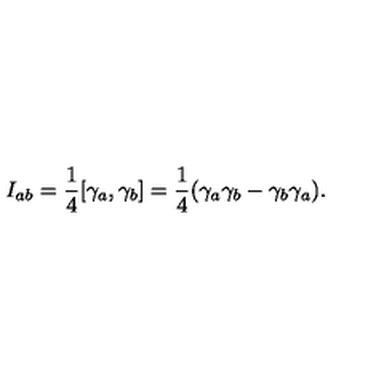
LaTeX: I _ { a b } = { \frac 1 4 } [ \gamma _ { a } , \gamma _ { b } ] = { \frac 1 4 } ( \gamma _ { a } \gamma _ { b } - \gamma _ { b } \gamma _ { a } ) .